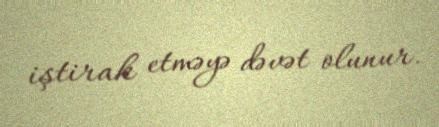
iştirak etməyə dəvət olunur.